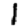
Digit: 1